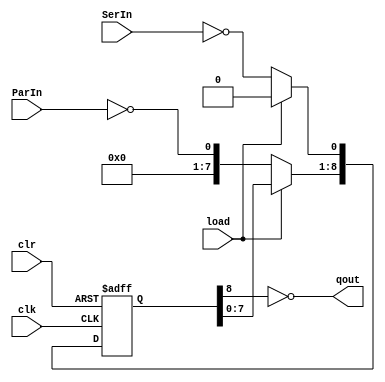
/**************************************************************
*
*
***************************************************************/


module ParShiftReg
    (
    input           clk,        // shift on Positive clock edge
    input           clr,        // active low to clear
    input           SerIn,      // shift register serial input
    input   [7:0]   ParIn,      // Shift register parallel input
    input           load,       // Shift (high)/Load (low) input
    output          qout);      // single bit output
   
reg [8:0]   temp;

always @(posedge(clk)or negedge(clr))  begin
    if(clr == 1'b0)             // if clear was sent
        temp <= 9'b0;           // clear the temp reg
    else
        if(!load) begin         // if loading the shift register
            temp[8:1] <= !ParIn[7:0];      // set the parallel data
            temp[0] <= !SerIn;
            end
        else begin              // otherwise shift the register
            temp = temp << 1;   //SerIn};
        end
    end
    
assign qout = !temp[8];

endmodule